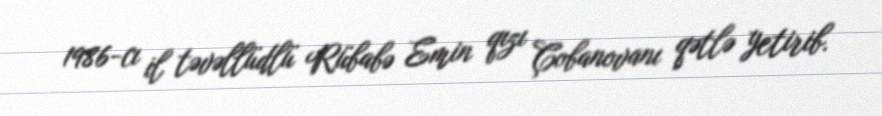
1986-cı il təvəllüdlü Rübabə Emin qızı Çobanovanı qətlə yetirib.